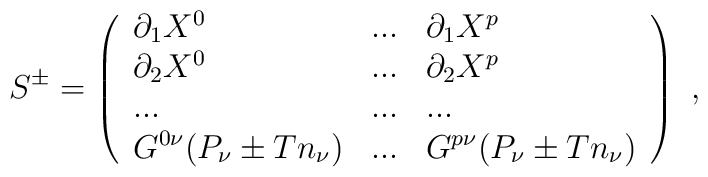
S^{\pm }=\left( \begin{array}{lll}\partial _{1}X^{0} & ... & \partial _{1}X^{p} \\ \partial _{2}X^{0} & ... & \partial _{2}X^{p} \\ ... & ... & ... \\ G^{0\nu }(P_{\nu }\pm Tn_{\nu }) & ... & G^{p\nu }(P_{\nu }\pm Tn_{\nu })\end{array}\right) \ ,